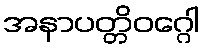
အနာပတ္တိဝဂ္ဂေါ